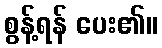
စွန့်ရန် ပေး၏။